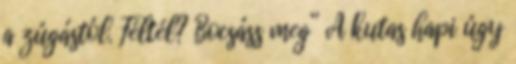
a zúgástól. Féltél? Bocsáss meg” A kutas hapi úgy